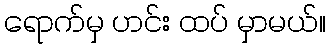
ရောက်မှ ဟင်း ထပ် မှာမယ်။